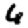
Digit: 6